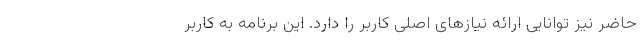
حاضر نیز توانایی ارائه نیازهای اصلی کاربر را دارد. این برنامه به کاربر